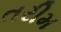
તરીમ